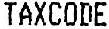
TAXCODE